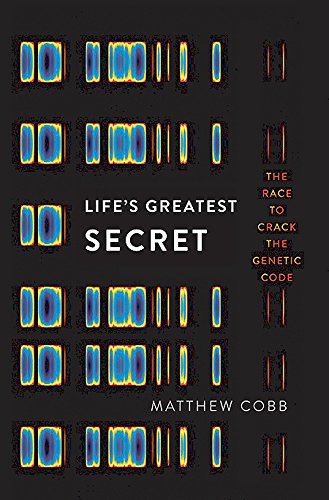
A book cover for Life's Greatest Secret: The Race to Crack the Genetic Code; Matthew Cobb; Medical Books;